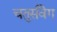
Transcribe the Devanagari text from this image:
चतुर्संवेग